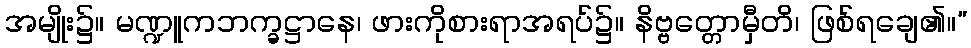
အမျိုး၌။ မဏ္ဍူကဘက္ခဋ္ဌာနေ၊ ဖားကိုစားရာအရပ်၌။ နိဗ္ဗတ္တောမှီတိ၊ ဖြစ်ရချေ၏။”